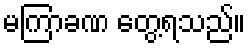
မကြာခဏ တွေ့ရသည်။